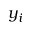
y _ { i }